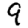
Digit: 9